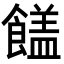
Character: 𩞖